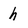
Character: h